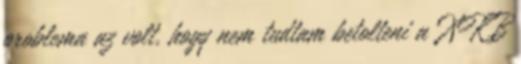
problema az volt, hogy nem tudtam betolteni a XKB